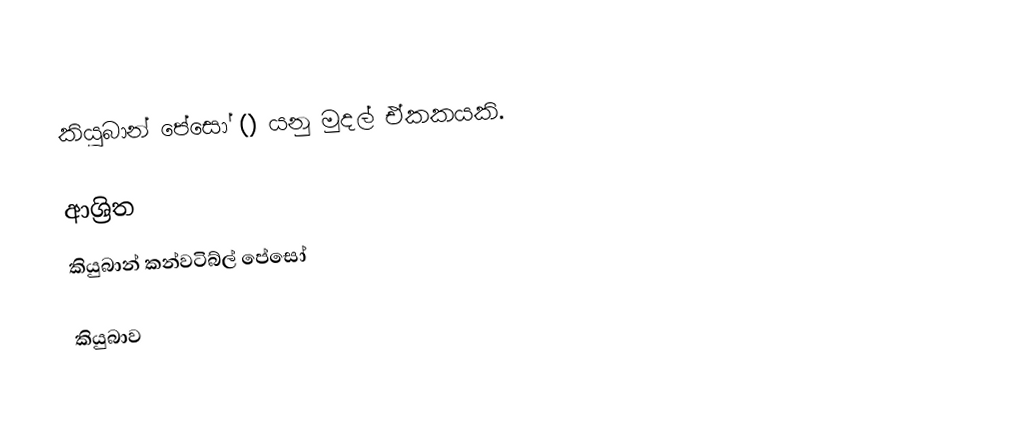
කියුබාන් පේසෝ () යනු මුදල් ඒකකයකි.

ආශ්‍රිත
 කියුබාන් කන්වටිබ්ල් පේසෝ

කියුබාව